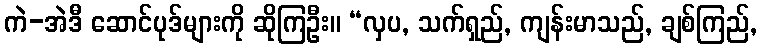
ကဲ-အဲဒီ ဆောင်ပုဒ်များကို ဆိုကြဦး။ “လှပ, သက်ရှည်, ကျန်းမာသည်, ချစ်ကြည်,